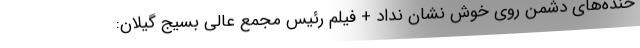
خنده‌های دشمن ‌روی خوش نشان نداد‌ + فیلم رئیس مجمع عالی بسیج گیلان: